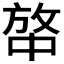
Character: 𰕍